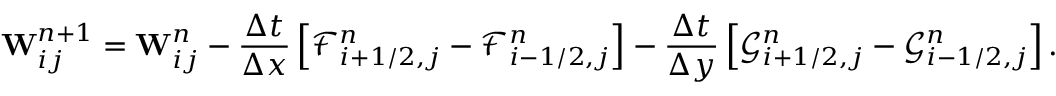
\mathbf { W } _ { i j } ^ { n + 1 } = \mathbf { W } _ { i j } ^ { n } - \frac { \Delta t } { \Delta x } \left[ \mathcal { F } _ { i + 1 / 2 , j } ^ { n } - \mathcal { F } _ { i - 1 / 2 , j } ^ { n } \right] - \frac { \Delta t } { \Delta y } \left[ \mathcal { G } _ { i + 1 / 2 , j } ^ { n } - \mathcal { G } _ { i - 1 / 2 , j } ^ { n } \right] .